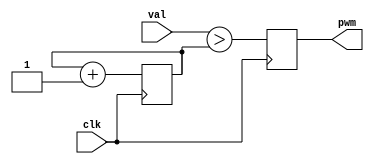
// This program was cloned from: https://github.com/emeb/up5k_osc
// License: MIT License

// pwm.v - pulse-width modulation
// 03-18-21 E. Brombaugh

`default_nettype none

module pwm(
    input clk,
	input [7:0] val,
	output reg pwm
);
	reg [7:0] cnt;
	initial
		cnt = 0;
		
	always @(posedge clk)
	begin
		cnt <= cnt + 1;
		pwm <= val > cnt;
	end
endmodule